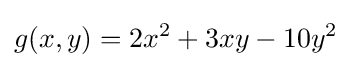
g(x,y)=2x^{2}+3xy-10y^{2}